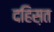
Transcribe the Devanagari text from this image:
दहिस़त